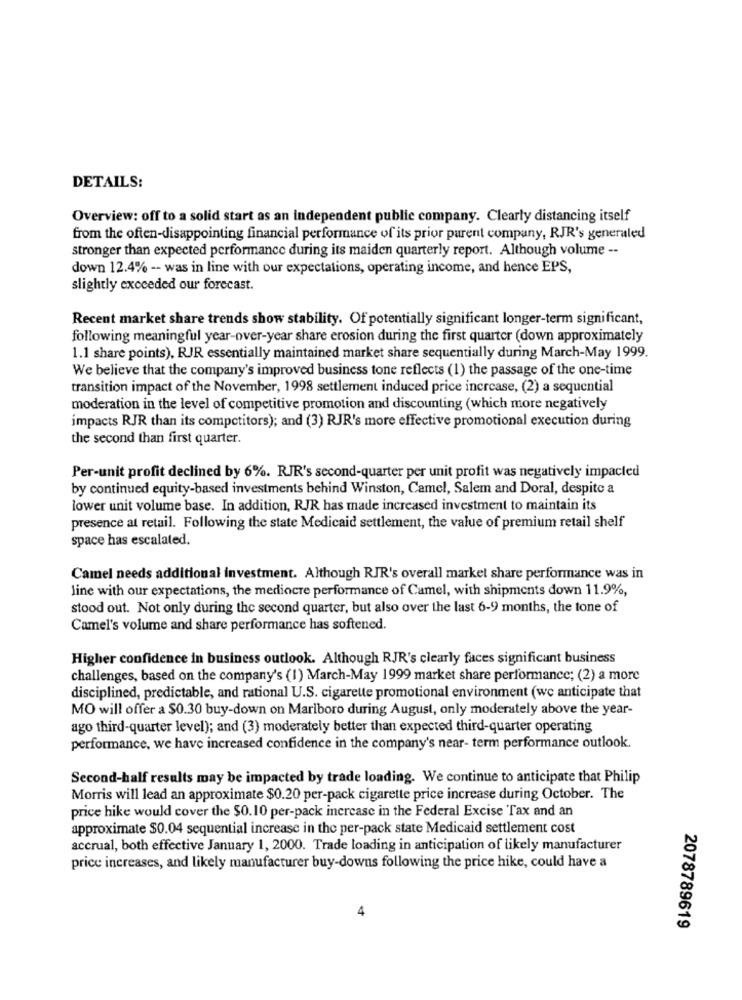
DETAILS:
Overview: off to a solid start as an independent public company. Clearly distancing itself
from the often-disappointing financial performance of its prior parent company, RJR's generaled
stronger than expected performance during its maiden quarterly report. Although volume --
down 12.4% -- was in line with our expectations, operating income, and hence EPS,
slightly cxcceded our forecast.
Recent market share trends show stability. Of potentially significant longer-term significant,
following meaningful year-over-year share erosion during the first quarter (down approximately
1.1 share points), RJR essentially maintained market share sequentially during March-May 1999.
We believe that the company's improved business tone reflects (1) the passage of the one-time
transition impact of the November, 1998 settlement induced price increase, (2) a sequential
moderation in the level of competitive promotion and discounting (which more negatively
impacts RJR than its competitors); and (3) RJR's more effective promotional execution during
the second than first quarter.
Per-unit profit declined by 6%. RJR's second-quarter per unit profit was negatively impacted
by continued equity-based investments behind Winston, Camel, Salem and Doral, despite a
lower unit volume base. In addition, RJR has made increased investment to maintain its
presence at retail. Following the state Medicaid settlement, the value of premium retail shelf
space has escalated.
Camel needs additional investment. Although RJR's overall market share performance was in
line with our expectations, the mediocre performance of Camel, with shipments down 11.9%,
stood out. Not only during the second quarter, but also over the last 6-9 months, the tone of
Camel's volume and share performance has softened.
Higher confidence in business outlook. Although RJR's clearly faces significant business
challenges, based on the company's (1) March-May 1999 market share performance; (2) a more
disciplined, predictable, and rational U.S. cigarette promotional environment (we anticipate that
MO will offer a $0.30 buy-down on Marlboro during August, only moderately above the year-
ago third-quarter level); and (3) moderately better than expected third-quarter operating
performance, we have increased confidence in the company's near- term performance outlook.
Second-half results may be impacted by trade loading. We continue to anticipate that Philip
Morris will lead an approximate $0.20 per-pack cigarette price increase during October. The
price hike would cover the $0.10 per-pack increase in the Federal Excise Tax and an
approximate $0.04 sequential increase in the per-pack state Medicaid settlement cost
accrual, both effective January 1, 2000. Trade loading in anticipation of likely manufacturer
price increases, and likely manufacturer buy-downs following the price hike, could have a
4
2078789619